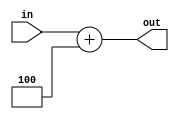
module add4(in,out);
parameter	PC_LENGTH = 32;

input [PC_LENGTH-1:0] in;
output [PC_LENGTH-1:0] out;

assign out = in + 4;
  
endmodule